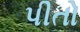
પીતો